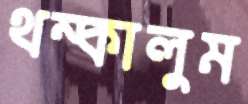
থম্‌কালুম